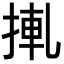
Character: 𢮊